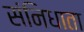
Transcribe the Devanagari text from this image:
संनिधाता